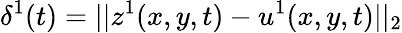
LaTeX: \delta^{1}(t)=||z^{1}(x,y,t)-u^{1}(x,y,t)||_{2}